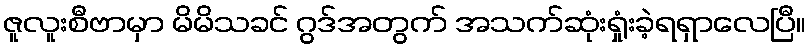
ဇူလူးစီဗာမှာ မိမိသခင် ဂွဒ်အတွက် အသက်ဆုံးရှုံးခဲ့ရရှာလေပြီ။